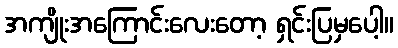
အကျိုးအကြောင်းလေးတော့ ရှင်းပြမှပေါ့။